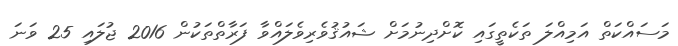
މަސައްކަތް އަމިއްލަ ތަކެތީގައި ކޮށްދިނުމަށް ޝައުޤުވެރިވެލައްވާ ފަރާތްތަކުން 2016 ޖުލައި 25 ވަނަ